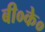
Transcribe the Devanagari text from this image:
बी०के०